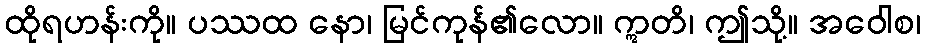
ထိုရဟန်းကို။ ပဿထ နော၊ မြင်ကုန်၏လော။ ဣတိ၊ ဤသို့။ အဝေါစ၊